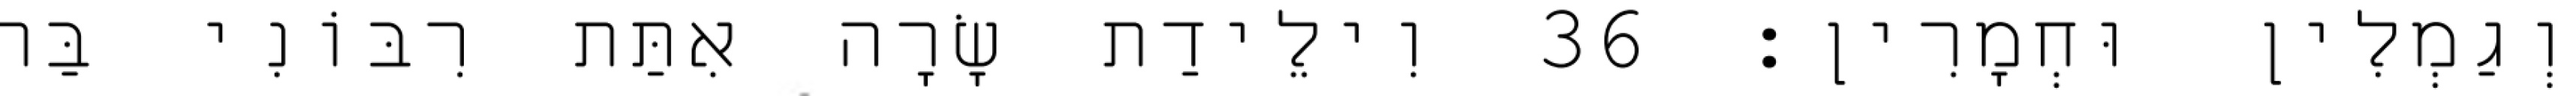
וְגַמְלִין וּחְמָרִין׃ 36 וִילֵידַת שָׂרָה אִתַּת רִבּוֹנִי בַּר